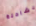
بشاحنة